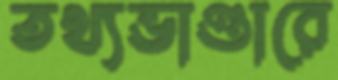
তথ্যভাণ্ডারে